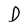
Character: D